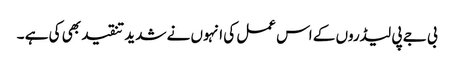
بی جے پی لیڈروں کے اس عمل کی انہوں نے شدید تنقید بھی کی ہے ۔